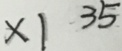
x 1 3 5